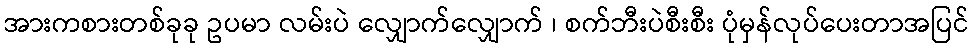
အားကစားတစ်ခုခု ဥပမာ လမ်းပဲ လျှောက်လျှောက် ၊ စက်ဘီးပဲစီးစီး ပုံမှန်လုပ်ပေးတာအပြင်